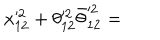
LaTeX: x _ { 1 2 } ^ { \prime 2 } + \theta _ { 1 2 } ^ { \prime 2 } \bar { \theta } _ { 1 2 } ^ { \prime 2 } =